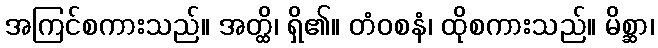
အကြင်စကားသည်။ အတ္ထိ၊ ရှိ၏။ တံဝစနံ၊ ထိုစကားသည်။ မိစ္ဆာ၊